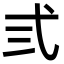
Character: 弎